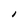
Character: I